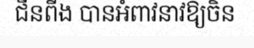
ជីនពីង បានអំពាវនាវឱ្យចិន